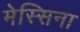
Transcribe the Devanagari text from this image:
मेस्सिना